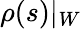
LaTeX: \rho(s)|_{W}